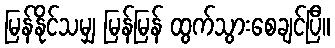
မြန်နိုင်သမျှ မြန်မြန် ထွက်သွားစေချင်ပြီ။